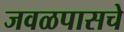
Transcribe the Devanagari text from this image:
जवळपासचे